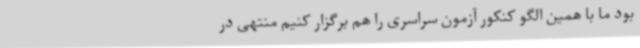
بود ما با همین الگو کنکور آزمون سراسری را هم برگزار کنیم منتهی در